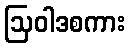
ဩဝါဒစကား